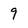
Character: 9